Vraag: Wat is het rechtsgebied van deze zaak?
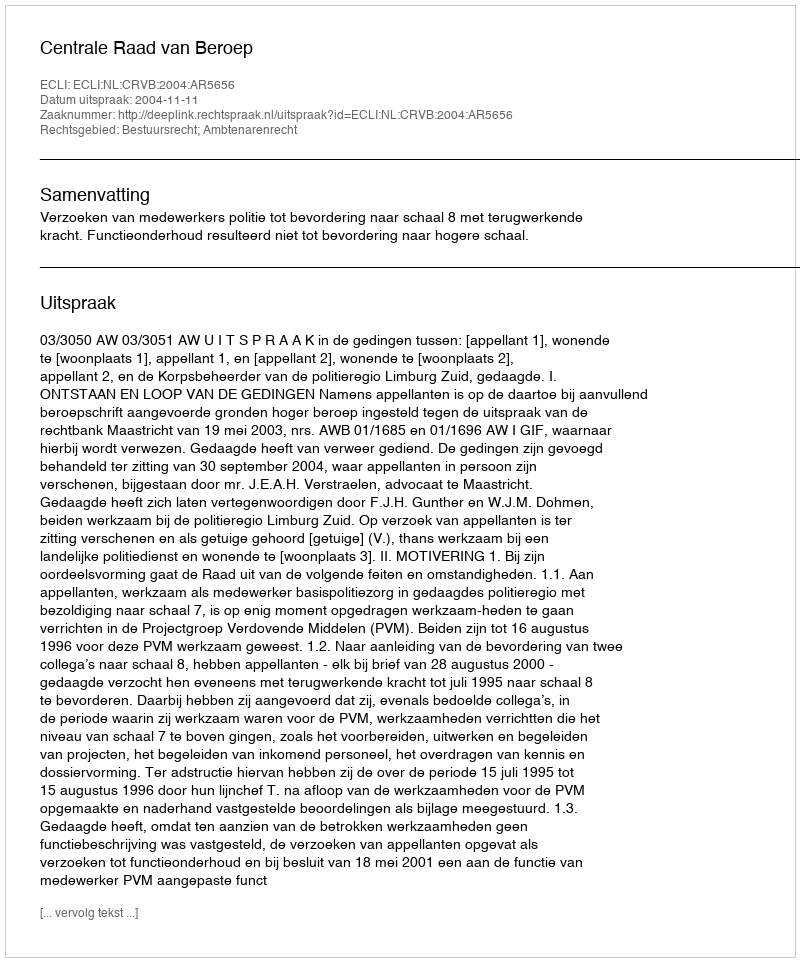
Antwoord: Bestuursrecht; Ambtenarenrecht